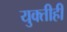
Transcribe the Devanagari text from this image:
युक्तीही